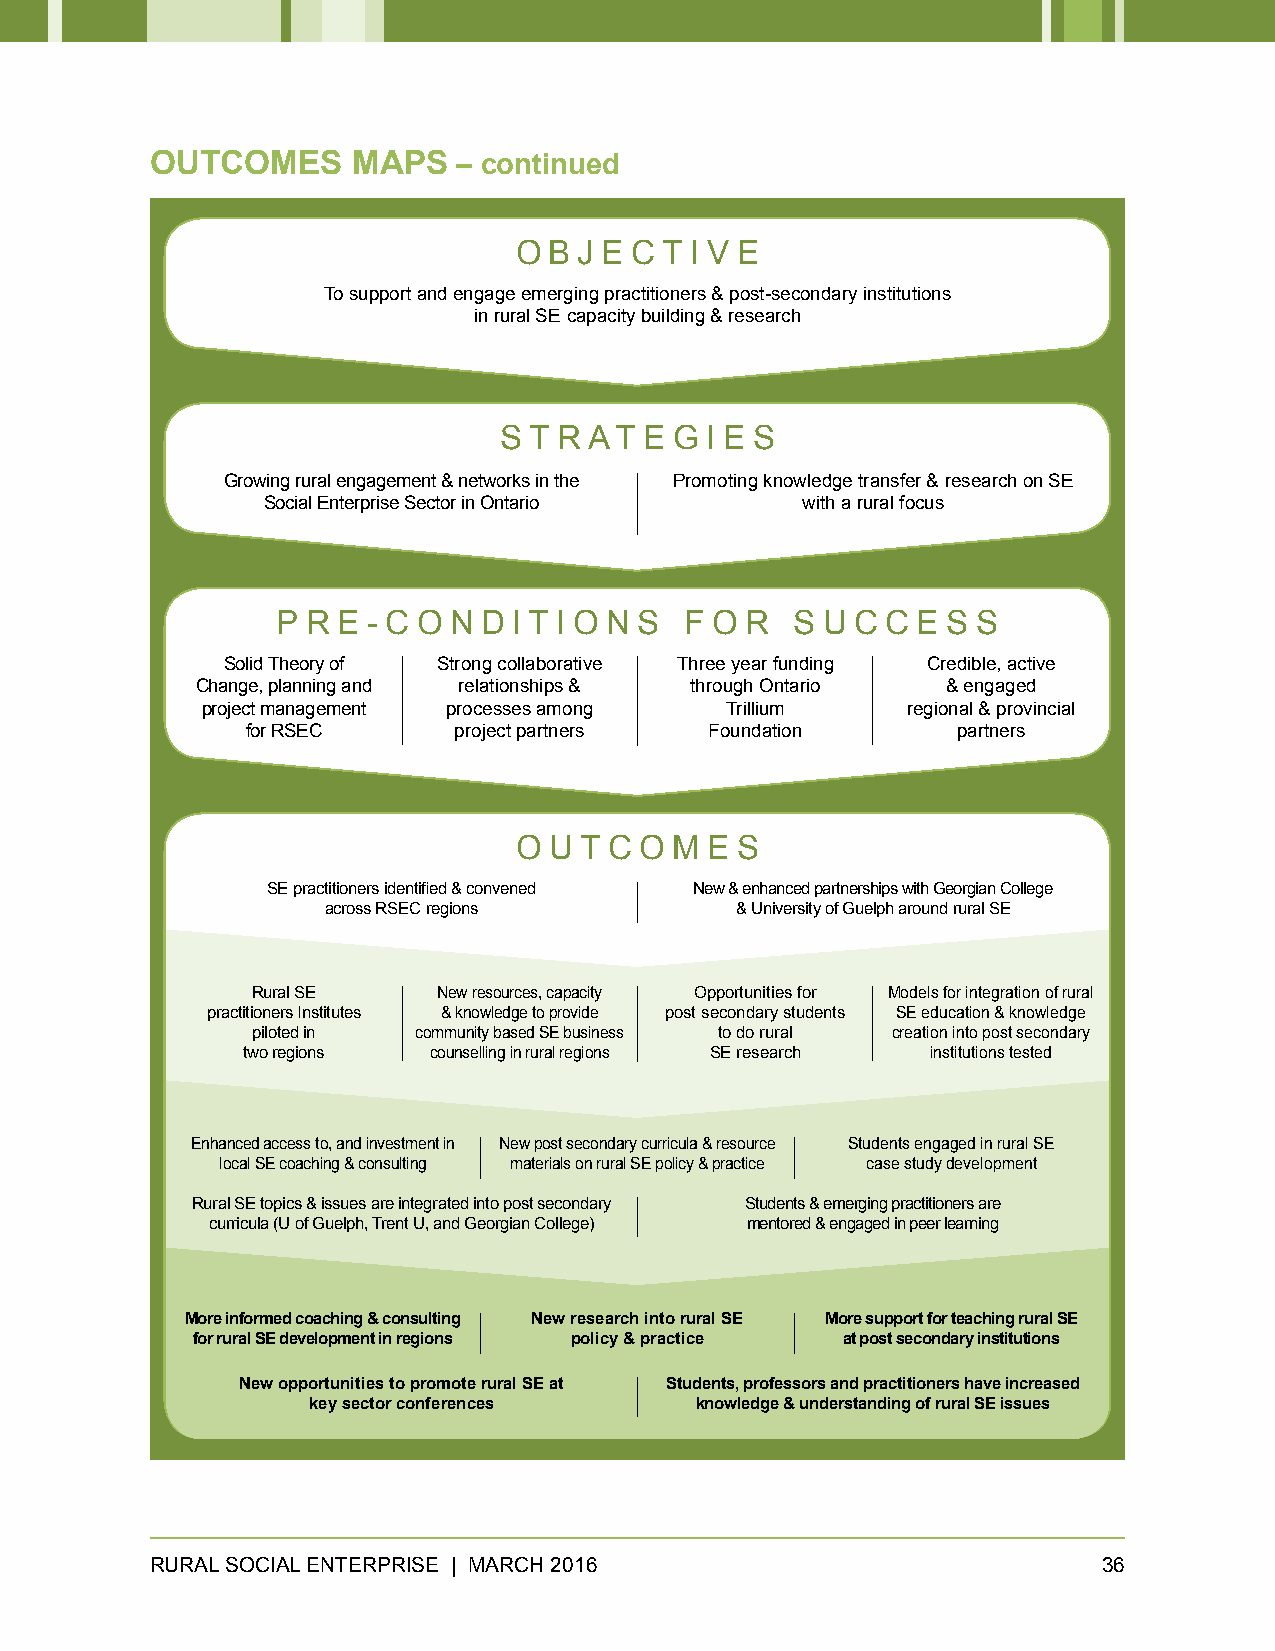
OUTCOMES     MAPS   – continued
 O B J E C T I V E
 To support and engage emerging practitioners & post-secondary institutions
 in rural SE capacity building & research
 S T R AT  E G I E S
 Growing rural engagement & networks in the Promoting knowledge transfer & research on SE
 Social Enterprise Sector in Ontario with a rural focus
 P R E - C O N D I T I O N S F O R  S U C C E S S
 Solid Theory of Strong collaborative Three year funding Credible, active
 Change, planning and relationships & through Ontario & engaged
 project management processes among Trillium    regional & provincial
 for RSEC      project partners Foundation      partners
 O U T C O  M E S
 SE practitioners identified & convened New & enhanced partnerships with Georgian College
 across RSEC regions        & University of Guelph around rural SE
 Rural SE    New resources, capacity Opportunities for Models for integration of rural
 practitioners Institutes & knowledge to provide post secondary students SE education & knowledge
 piloted in community based SE business to do rural creation into post secondary
 two regions counselling in rural regions SE research institutions tested
 Enhanced access to, and investment in New post secondary curricula & resource Students engaged in rural SE
 local SE coaching & consulting materials on rural SE policy & practice case study development
 Rural SE topics & issues are integrated into post secondary Students & emerging practitioners are
 curricula (U of Guelph, Trent U, and Georgian College) mentored & engaged in peer learning
 More informed coaching & consulting New research into rural SE More support for teaching rural SE
 for rural SE development in regions policy & practice at post secondary institutions
 New opportunities to promote rural SE at Students, professors and practitioners have increased
 key sector conferences    knowledge & understanding of rural SE issues
 RURAL SOCIAL ENTERPRISE | MARCH 2016                           36